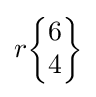
r{\begin{Bmatrix}6\\4\end{Bmatrix}}